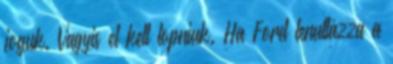
joguk. Vagyis el kell lopniuk. Ha Ford lenullázza a